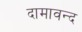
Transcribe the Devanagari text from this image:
दामावन्द